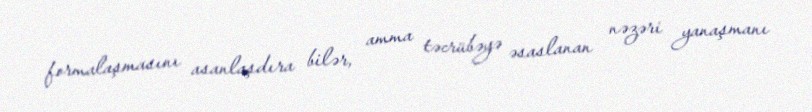
formalaşmasını asanlaşdıra bilər, amma təcrübəyə əsaslanan nəzəri yanaşmanı